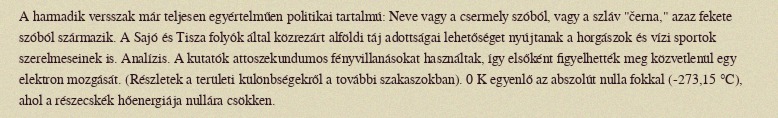
A harmadik versszak már teljesen egyértelműen politikai tartalmú: Neve vagy a csermely szóból, vagy a szláv "černa," azaz fekete szóból származik. A Sajó és Tisza folyók által közrezárt alföldi táj adottságai lehetőséget nyújtanak a horgászok és vízi sportok szerelmeseinek is. Analízis. A kutatók attoszekundumos fényvillanásokat használtak, így elsőként figyelhették meg közvetlenül egy elektron mozgását. (Részletek a területi különbségekről a további szakaszokban). 0 K egyenlő az abszolút nulla fokkal (-273,15 °C), ahol a részecskék hőenergiája nullára csökken.